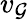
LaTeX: v_{\mathcal{G}}